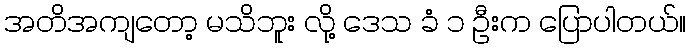
အတိအကျတော့ မသိဘူး လို့ ဒေသ ခံ ၁ ဦးက ပြောပါတယ်။